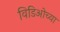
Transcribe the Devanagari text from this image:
विडिओच्या